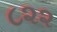
૮૨૨